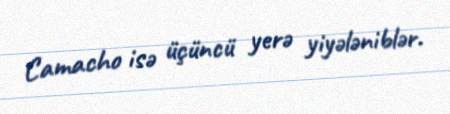
Camacho isə üçüncü yerə yiyələniblər.